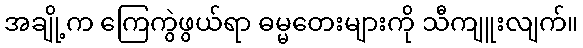
အချို့က ကြေကွဲဖွယ်ရာ ဓမ္မတေးများကို သီကျူးလျက်။